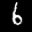
Label: 6